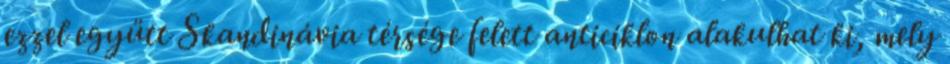
ezzel együtt Skandinávia térsége felett anticiklon alakulhat ki, mely